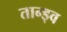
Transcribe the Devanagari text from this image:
तान्ड्व